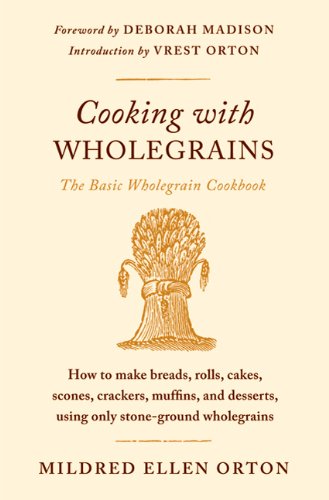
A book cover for Cooking with Wholegrains: The Basic Wholegrain Cookbook; Mildred Ellen Orton; Cookbooks, Food & Wine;